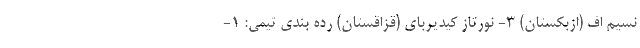
نسیم اف (ازبکستان) ۳- نورتاز کیدیربای (قزاقستان) رده بندی تیمی: ۱-